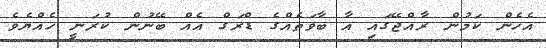
އެހެން ކަމުން ރާއްޖޭގައި އާ ބާވަތެއްގެ ޑްރަގް އެއް ބޭނުން ކުރަނީ ހެއްޔެވެ